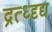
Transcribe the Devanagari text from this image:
द्रत्ध्दृद्य